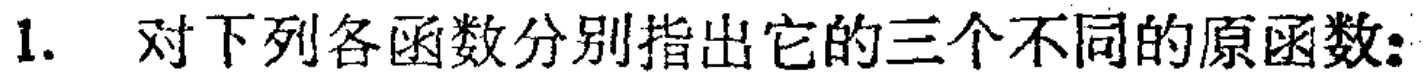
1. 对下列各函数分别指出它的三个不同的原函数：